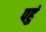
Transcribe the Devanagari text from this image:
पहुं